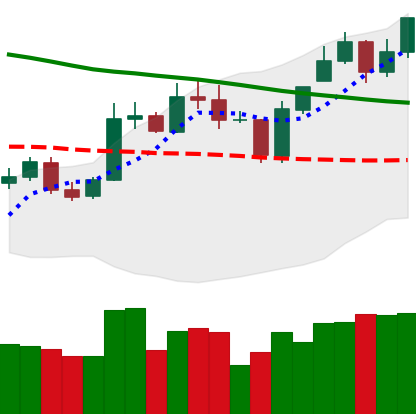
Ticker: ETC-USD
Chart end date: 2020-01-09
Forward return: 30.641%
Label: up_7plus